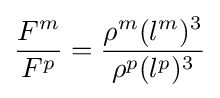
{\frac {F^{m}}{F^{p}}}={\frac {\rho ^{m}(l^{m})^{3}}{\rho ^{p}(l^{p})^{3}}}